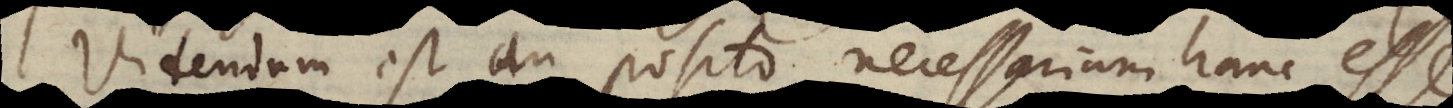
est an posito necessariam hanc esse